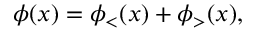
\phi ( x ) = \phi _ { < } ( x ) + \phi _ { > } ( x ) ,